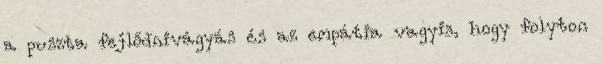
a puszta fejlődnivágyás és az empátia vagyis, hogy folyton